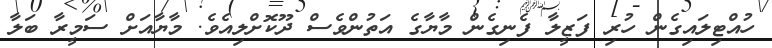
ހުއްޓިލައިގެން ހުރި ފަޒީލާ ފެނިގެން މާޔާގެ އަތުންވެސް ދޫކޮށްލިއެވެ. މާޔާއަށް ސަމީރާ ބަލާ